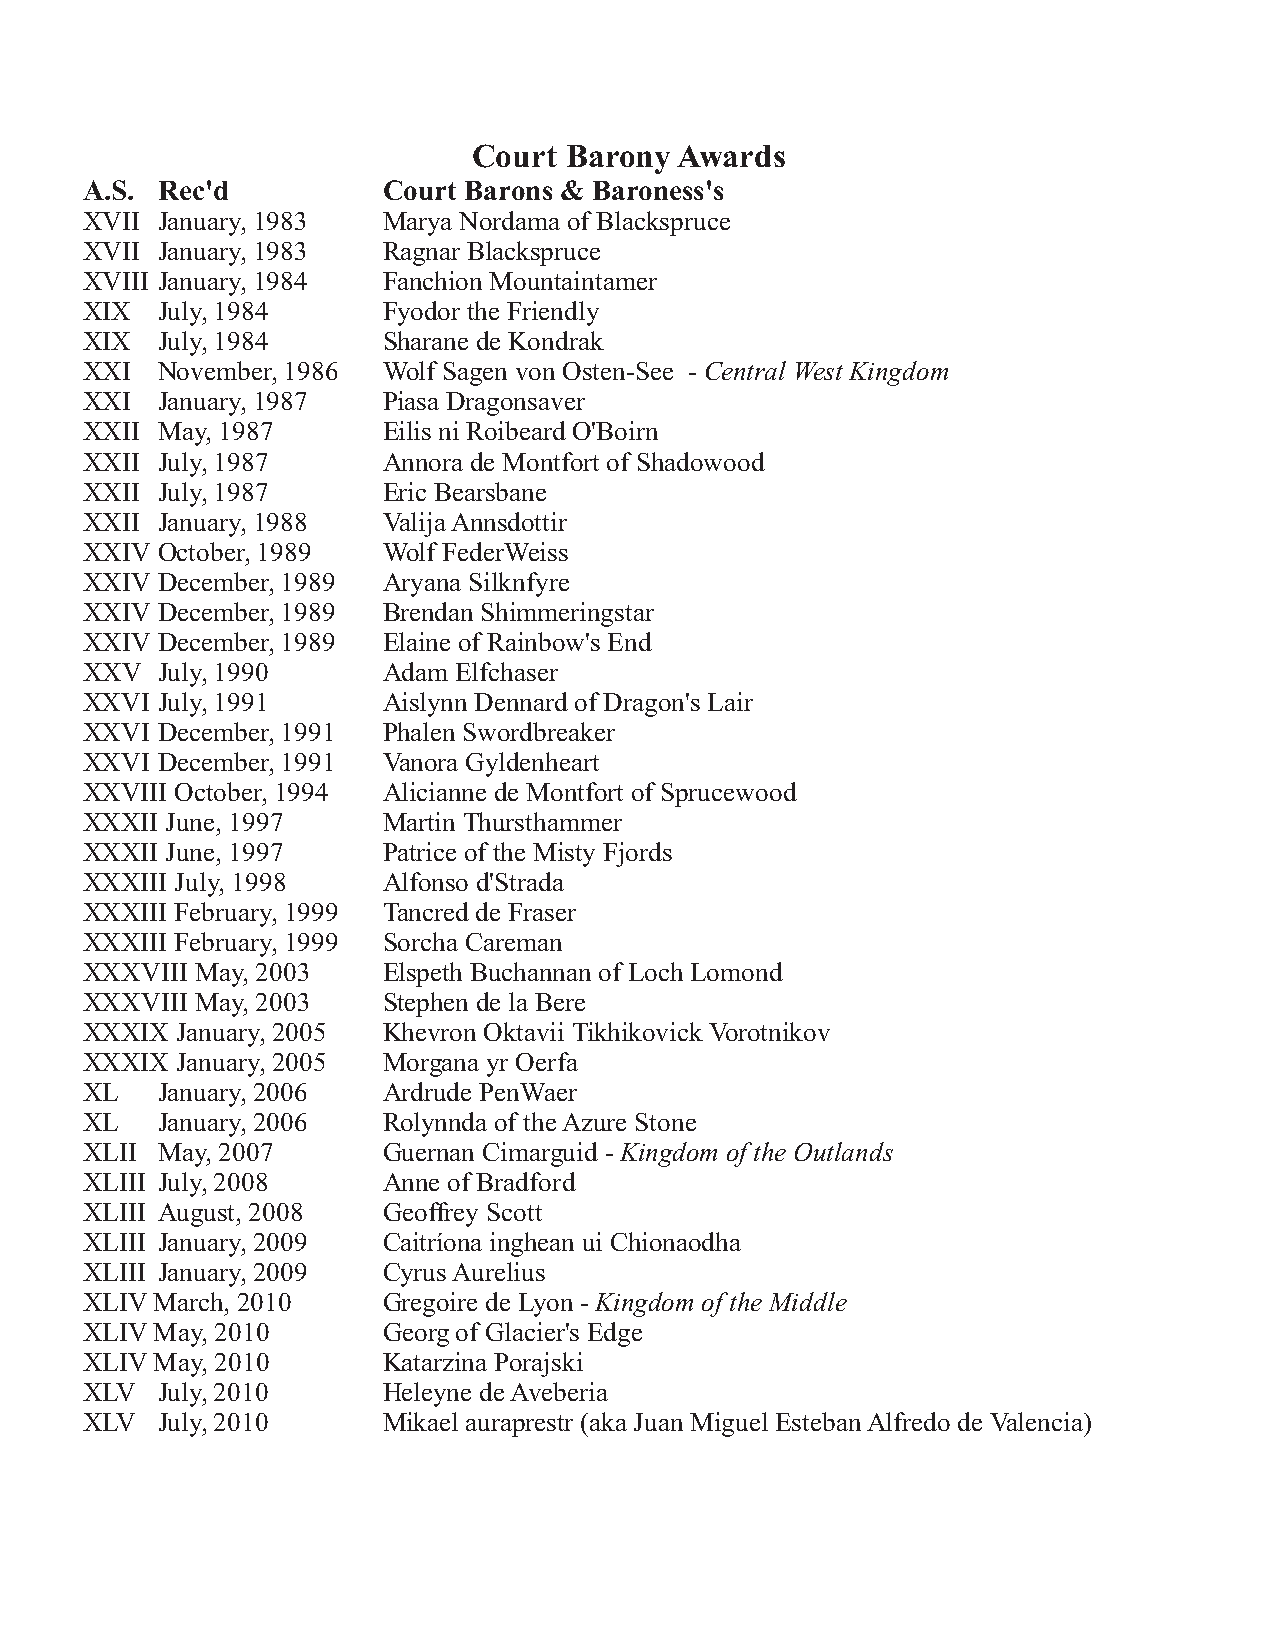
Court Barony  Awards
 A.S. Rec'd          Court Barons & Baroness's
 XVII January, 1983  Marya Nordama of Blackspruce
 XVII January, 1983  Ragnar Blackspruce
 XVIII January, 1984 Fanchion Mountaintamer
 XIX  July, 1984     Fyodor the Friendly
 XIX  July, 1984     Sharane de Kondrak
 XXI  November, 1986 Wolf Sagen von Osten-See - Central West Kingdom
 XXI  January, 1987  Piasa Dragonsaver
 XXII May, 1987      Eilis ni Roibeard O'Boirn
 XXII July, 1987     Annora de Montfort of Shadowood
 XXII July, 1987     Eric Bearsbane
 XXII January, 1988  Valija Annsdottir
 XXIV October, 1989  Wolf FederWeiss
 XXIV December, 1989 Aryana Silknfyre
 XXIV December, 1989 Brendan Shimmeringstar
 XXIV December, 1989 Elaine of Rainbow's End
 XXV  July, 1990     Adam Elfchaser
 XXVI July, 1991     Aislynn Dennard of Dragon's Lair
 XXVI December, 1991 Phalen Swordbreaker
 XXVI December, 1991 Vanora Gyldenheart
 XXVIII October, 1994 Alicianne de Montfort of Sprucewood
 XXXII June, 1997    Martin Thursthammer
 XXXII June, 1997    Patrice of the Misty Fjords
 XXXIII July, 1998   Alfonso d'Strada
 XXXIII February, 1999 Tancred de Fraser
 XXXIII February, 1999 Sorcha Careman
 XXXVIII May, 2003   Elspeth Buchannan of Loch Lomond
 XXXVIII May, 2003   Stephen de la Bere
 XXXIX  January, 2005 Khevron Oktavii Tikhikovick Vorotnikov
 XXXIX  January, 2005 Morgana yr Oerfa
 XL   January, 2006  Ardrude PenWaer
 XL   January, 2006  Rolynnda of the Azure Stone
 XLII May, 2007      Guernan Cimarguid - Kingdom of the Outlands
 XLIII July, 2008    Anne of Bradford
 XLIII August, 2008  Geoffrey Scott
 XLIII January, 2009 Caitríona inghean ui Chionaodha
 XLIII January, 2009 Cyrus Aurelius
 XLIV March, 2010    Gregoire de Lyon - Kingdom of the Middle
 XLIV May, 2010      Georg of Glacier's Edge
 XLIV May, 2010      Katarzina Porajski
 XLV  July, 2010     Heleyne de Aveberia
 XLV  July, 2010     Mikael auraprestr (aka Juan Miguel Esteban Alfredo de Valencia)